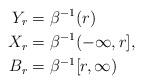
LaTeX: \begin{align*}Y_r &= \beta^{-1}(r)\\X_r &= \beta^{-1}(-\infty, r],\\B_r &= \beta^{-1}[r, \infty)\end{align*}